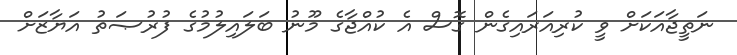
ނަތީޖާއަކަށް ވީ ކުރިއަރައިގެން ގޮސް އެ ކުއްޖާގެ މޫނު ބަލައިލުމުގެ ފުރުޞަތު އަޔާޒަށް